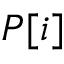
P [ i ]